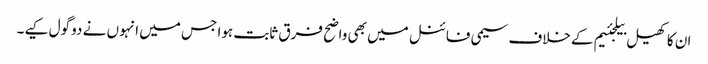
ان کا کھیل بیلجئیم کےخلاف سیمی فائنل میں بھی واضح فرق ثابت ہوا جس میں انہوں نے دو گول کیے۔